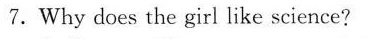
7.Why does the girl like science?